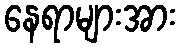
နေရာများအား